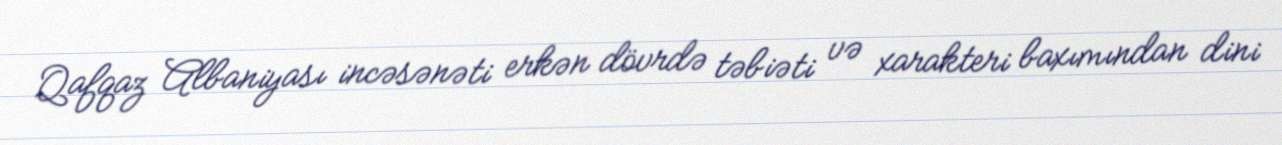
Qafqaz Albaniyası incəsənəti erkən dövrdə təbiəti və xarakteri baxımından dini